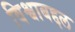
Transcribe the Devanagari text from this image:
विश्वाबद्दल